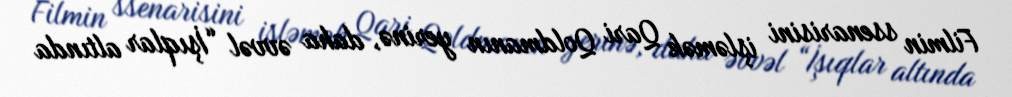
Filmin ssenarisini işləmək Qari Qoldmanın yerinə, daha əvvəl “İşıqlar altında